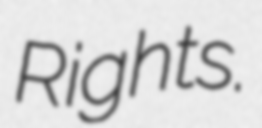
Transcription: Rights.